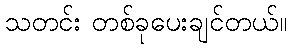
သတင်း တစ်ခုပေးချင်တယ်။